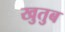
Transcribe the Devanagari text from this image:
खुतुब